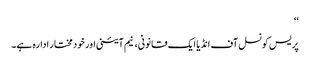
‘‘
پریس کونسل آف انڈیا ایک قانونی، نیم آئینی اور خود مختار ادارہ ہے۔